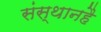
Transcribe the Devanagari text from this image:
संस्थानहै